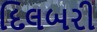
દિલબરી